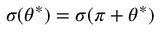
\sigma ( \theta ^ { \ast } ) = \sigma ( \pi + \theta ^ { \ast } )